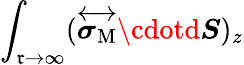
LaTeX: \int_{\mathfrak{r}\to\infty}(\overleftrightarrow{{\boldsymbol{\sigma}_{\mathrm{{M}}}}}\cdotd\boldsymbol{S})_{z}